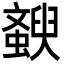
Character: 斔